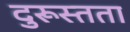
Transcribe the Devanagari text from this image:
दुरूस्तता